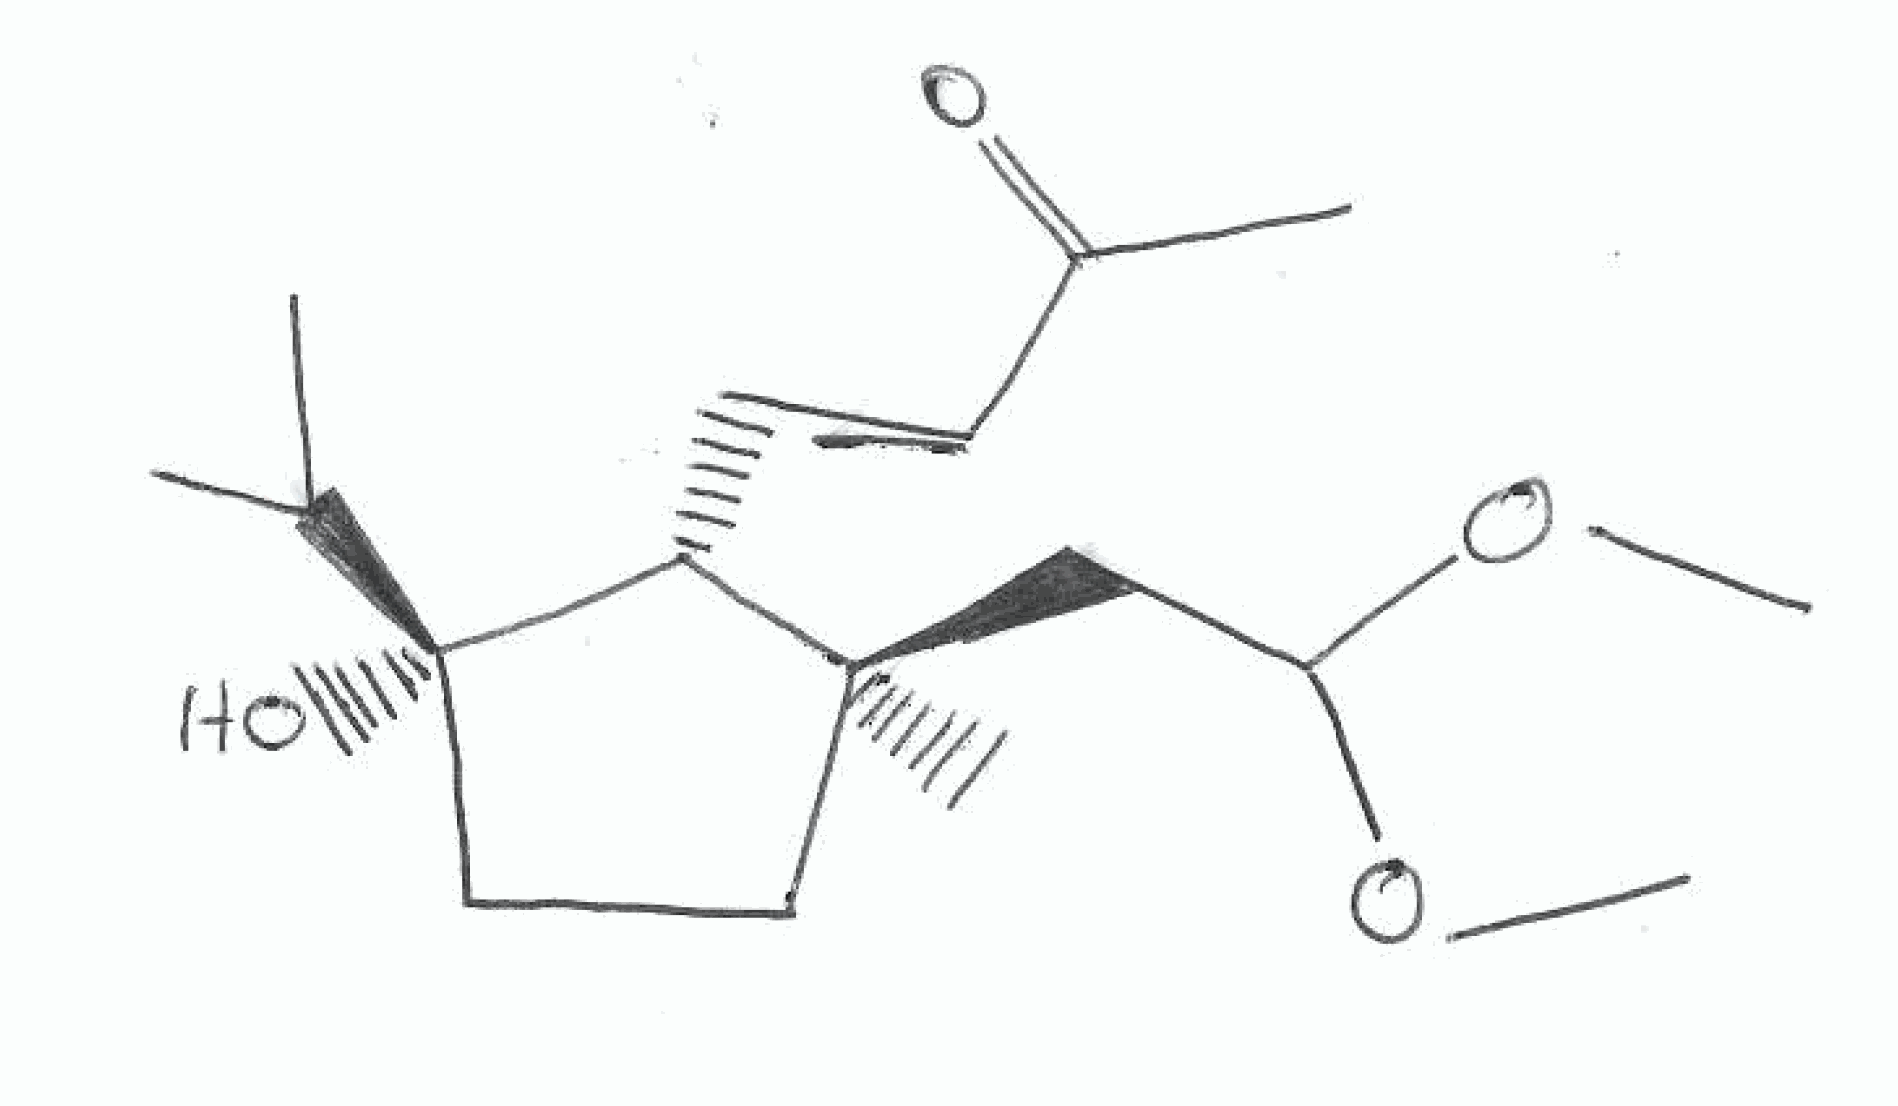
Simplified molecular-input line-entry system (SMILES) notation of the given molecule:
CC(C)[C@@]1(CC[C@]([C@H]1/C=C/C(=O)C)(C)CC(OC)OC)O